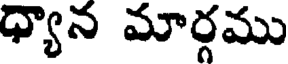
ధ్యాన మార్గము